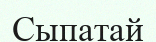
Сыпатай